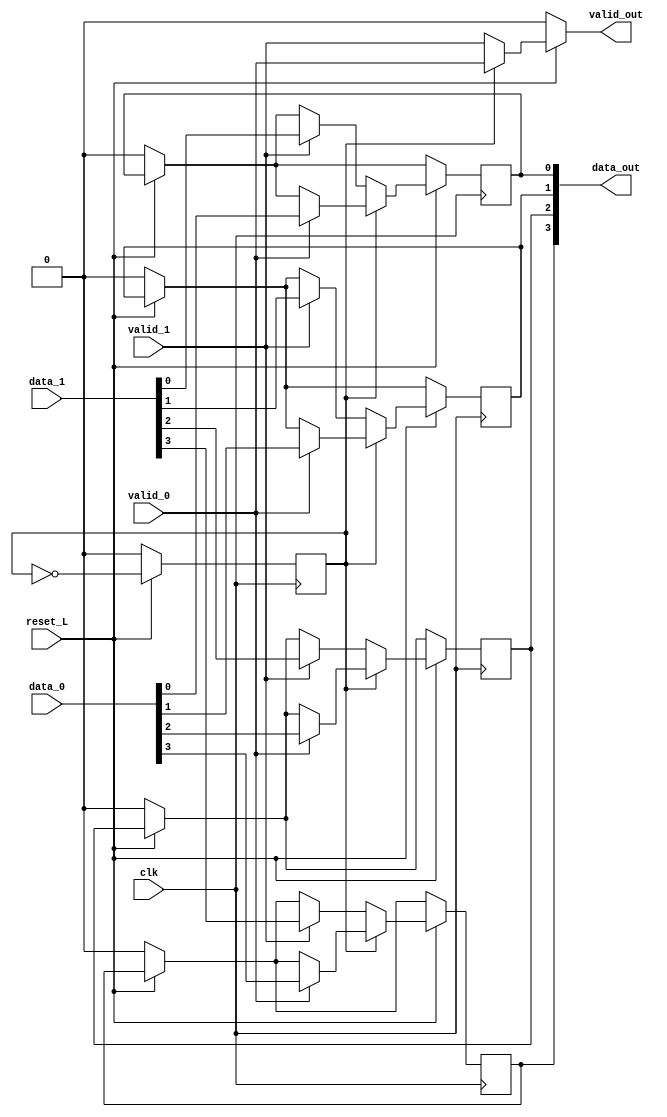
/* Generated by Yosys 0.7+655 (git sha1 d36d1193, gcc 8.1.1 -march=x86-64 -mtune=generic -O2 -fstack-protector-strong -fno-plt -fPIC -Os) */

(* src = "mux.v:2" *)
module mux_estructural(clk, reset_L, data_0, data_1, valid_0, valid_1, valid_out, data_out);
  (* src = "mux.v:35" *)
  wire [3:0] _00_;
  (* src = "mux.v:35" *)
  wire _01_;
  (* src = "mux.v:21" *)
  wire _02_;
  (* src = "mux.v:45" *)
  wire _03_;
  wire [3:0] _04_;
  wire [3:0] _05_;
  wire [3:0] _06_;
  wire [3:0] _07_;
  (* src = "mux.v:3" *)
  input clk;
  (* src = "mux.v:5" *)
  input [3:0] data_0;
  (* src = "mux.v:6" *)
  input [3:0] data_1;
  (* init = 4'h0 *)
  (* src = "mux.v:10" *)
  output [3:0] data_out;
  reg [3:0] data_out = 4'h0;
  (* src = "mux.v:4" *)
  input reset_L;
  (* init = 1'h0 *)
  (* src = "mux.v:13" *)
  reg selector = 1'h0;
  (* src = "mux.v:7" *)
  input valid_0;
  (* src = "mux.v:8" *)
  input valid_1;
  (* src = "mux.v:9" *)
  output valid_out;
  assign _00_[0] = reset_L ? (* src = "mux.v:44" *) _07_[0] : _04_[0];
  assign _00_[1] = reset_L ? (* src = "mux.v:44" *) _07_[1] : _04_[1];
  assign _00_[2] = reset_L ? (* src = "mux.v:44" *) _07_[2] : _04_[2];
  assign _00_[3] = reset_L ? (* src = "mux.v:44" *) _07_[3] : _04_[3];
  assign _02_ = selector ? (* src = "mux.v:25" *) valid_0 : valid_1;
  assign valid_out = reset_L ? (* src = "mux.v:24" *) _02_ : 1'h0;
  assign _01_ = reset_L ? (* src = "mux.v:44" *) _03_ : 1'h0;
  assign _04_[0] = reset_L ? (* src = "mux.v:38" *) data_out[0] : 1'h0;
  assign _04_[1] = reset_L ? (* src = "mux.v:38" *) data_out[1] : 1'h0;
  assign _04_[2] = reset_L ? (* src = "mux.v:38" *) data_out[2] : 1'h0;
  assign _04_[3] = reset_L ? (* src = "mux.v:38" *) data_out[3] : 1'h0;
  assign _05_[0] = valid_1 ? (* src = "mux.v:51" *) data_1[0] : _04_[0];
  assign _05_[1] = valid_1 ? (* src = "mux.v:51" *) data_1[1] : _04_[1];
  assign _05_[2] = valid_1 ? (* src = "mux.v:51" *) data_1[2] : _04_[2];
  assign _05_[3] = valid_1 ? (* src = "mux.v:51" *) data_1[3] : _04_[3];
  assign _06_[0] = valid_0 ? (* src = "mux.v:47" *) data_0[0] : _04_[0];
  assign _06_[1] = valid_0 ? (* src = "mux.v:47" *) data_0[1] : _04_[1];
  assign _06_[2] = valid_0 ? (* src = "mux.v:47" *) data_0[2] : _04_[2];
  assign _06_[3] = valid_0 ? (* src = "mux.v:47" *) data_0[3] : _04_[3];
  assign _07_[0] = selector ? (* src = "mux.v:46" *) _06_[0] : _05_[0];
  assign _07_[1] = selector ? (* src = "mux.v:46" *) _06_[1] : _05_[1];
  assign _07_[2] = selector ? (* src = "mux.v:46" *) _06_[2] : _05_[2];
  assign _07_[3] = selector ? (* src = "mux.v:46" *) _06_[3] : _05_[3];
  assign _03_ = ~(* src = "mux.v:45" *) selector;
  (* src = "mux.v:35" *)
  always @(posedge clk)
      data_out[0] <= _00_[0];
  (* src = "mux.v:35" *)
  always @(posedge clk)
      data_out[1] <= _00_[1];
  (* src = "mux.v:35" *)
  always @(posedge clk)
      data_out[2] <= _00_[2];
  (* src = "mux.v:35" *)
  always @(posedge clk)
      data_out[3] <= _00_[3];
  (* src = "mux.v:35" *)
  always @(posedge clk)
      selector <= _01_;
endmodule

(* top =  1  *)
(* src = "mux_41.v:4" *)
module mux_41_estructural(clk, reset_L, data_0, data_1, data_2, data_3, valid_0, valid_1, valid_2, valid_3, data_out, valid_out);
  (* src = "mux_41.v:5" *)
  input clk;
  (* src = "mux_41.v:7" *)
  input [3:0] data_0;
  (* src = "mux_41.v:8" *)
  input [3:0] data_1;
  (* src = "mux_41.v:9" *)
  input [3:0] data_2;
  (* src = "mux_41.v:10" *)
  input [3:0] data_3;
  (* src = "mux_41.v:15" *)
  output [3:0] data_out;
  (* src = "mux_41.v:19" *)
  wire [3:0] from_muxA_to_muxC;
  (* src = "mux_41.v:20" *)
  wire [3:0] from_muxB_to_muxC;
  (* src = "mux_41.v:6" *)
  input reset_L;
  (* src = "mux_41.v:11" *)
  input valid_0;
  (* src = "mux_41.v:21" *)
  wire valid_0_muxC;
  (* src = "mux_41.v:12" *)
  input valid_1;
  (* src = "mux_41.v:22" *)
  wire valid_1_muxC;
  (* src = "mux_41.v:13" *)
  input valid_2;
  (* src = "mux_41.v:14" *)
  input valid_3;
  (* src = "mux_41.v:16" *)
  output valid_out;
  (* src = "mux_41.v:24" *)
  mux_estructural muxA (
    .clk(clk),
    .data_0(data_0),
    .data_1(data_1),
    .data_out(from_muxA_to_muxC),
    .reset_L(reset_L),
    .valid_0(valid_0),
    .valid_1(valid_1),
    .valid_out(valid_0_muxC)
  );
  (* src = "mux_41.v:25" *)
  mux_estructural muxB (
    .clk(clk),
    .data_0(data_2),
    .data_1(data_3),
    .data_out(from_muxB_to_muxC),
    .reset_L(reset_L),
    .valid_0(valid_2),
    .valid_1(valid_3),
    .valid_out(valid_1_muxC)
  );
  (* src = "mux_41.v:26" *)
  mux_estructural muxC (
    .clk(clk),
    .data_0(from_muxA_to_muxC),
    .data_1(from_muxB_to_muxC),
    .data_out(data_out),
    .reset_L(reset_L),
    .valid_0(valid_0_muxC),
    .valid_1(valid_1_muxC),
    .valid_out(valid_out)
  );
endmodule